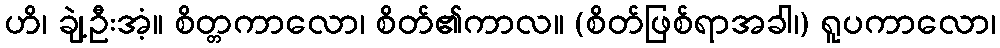
ဟိ၊ ချဲ့ဦးအံ့။ စိတ္တကာလော၊ စိတ်၏ကာလ။ (စိတ်ဖြစ်ရာအခါ၊) ရူပကာလော၊